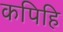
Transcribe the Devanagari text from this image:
कपिहि